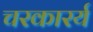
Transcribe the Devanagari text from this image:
चरकारर्य